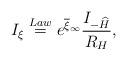
LaTeX: \begin{align*}I_\xi\stackrel{Law}{=}e^{\overline{\xi}_{\infty}}\frac{I_{-\widehat{H}}}{R_{H}},\end{align*}